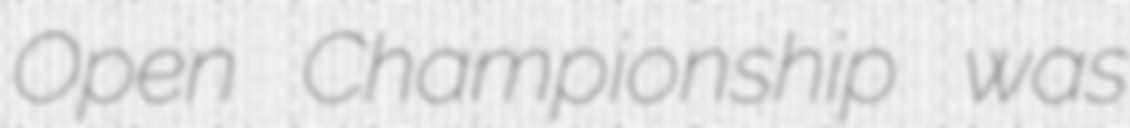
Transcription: Open Championship was